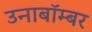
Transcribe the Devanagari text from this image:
उनाबॉम्बर